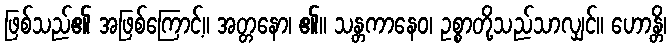
ဖြစ်သည်၏ အဖြစ်ကြောင့်။ အတ္တနော၊ ၏။ သန္တကာနေဝ၊ ဥစ္စာတို့သည်သာလျှင်။ ဟောန္တိ၊